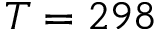
T = 2 9 8